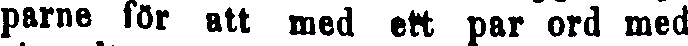
parne för att med ett par ord med